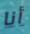
أنا